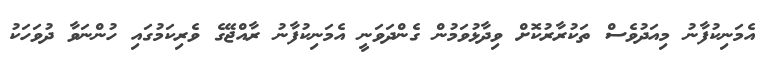
އެމަނިކުފާނު މިއަދުވެސް ތަކުރާރުކޮށް ވިދާޅުވަމުން ގެންދަވަނީ އެމަނިކުފާނު ރާއްޖޭގެ ވެރިކަމުގައި ހުންނަވާ ދުވަހަކު